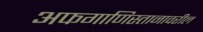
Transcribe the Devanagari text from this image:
अफगाणिस्तानावरील